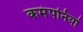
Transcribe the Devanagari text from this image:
कमंपनियां